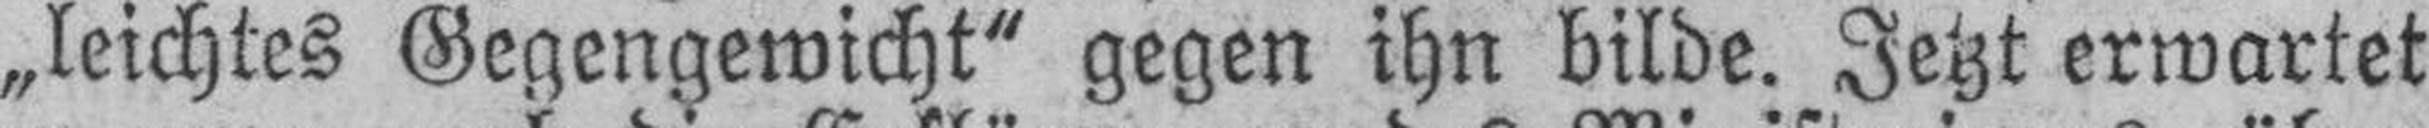
„leichtes Gegengewicht“ gegen ihn bilde. Jetzt erwartet